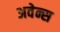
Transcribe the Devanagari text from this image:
अवेन्स